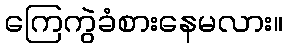
ကြေကွဲခံစားနေမလား။